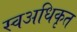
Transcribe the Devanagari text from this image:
स्वअधिकृत